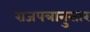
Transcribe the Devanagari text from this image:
राजपत्रानुसार